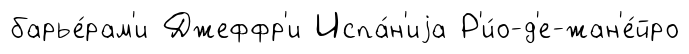
барье́рам'и Джеффр'и Испа́н'иjа Р'и́о-д'е-жан'е́йро